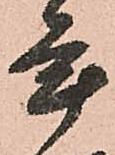
年